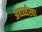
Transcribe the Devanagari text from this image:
अर्थ्व्य्वस्था